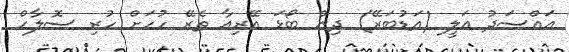
އައްސަދު އަލީ (އަޑުބަރޭ) ދިން ބޯޅަ އޭރިއާ ތެރޭ ހުހަށް ހުރި ސޮލާހް